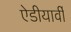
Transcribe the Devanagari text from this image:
ऐडीयार्वी